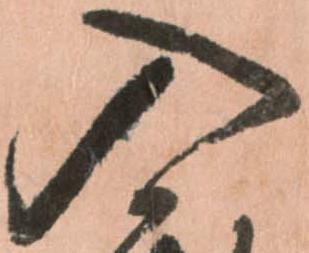
入